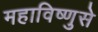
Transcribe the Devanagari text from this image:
महाविष्णुसे